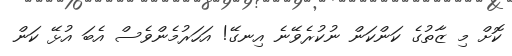
ކޮށް މި ޒާތުގެ ކަންކަން ނުކުރެވޭނެ އިނގޭ! އަހަރުމެންވެސް އެބަ އުޅޭ ކަން